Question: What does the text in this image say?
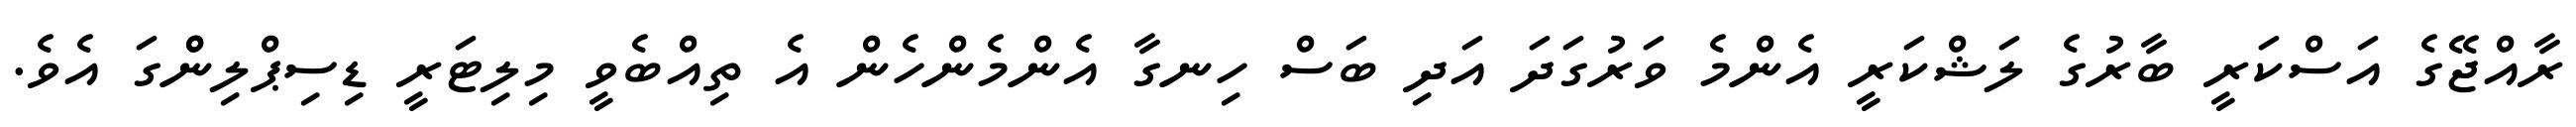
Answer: ރާއްޖޭގެ އަސްކަރީ ބާރުގެ ލަޝްކަރީ އެންމެ ވަރުގަދަ އަދި ބަސް ހިނގާ އެންމެންހެން އެ ތިއްބެވީ މިލިޓަރީ ޑިސިޕްލިންްގަ އެވެ.